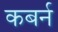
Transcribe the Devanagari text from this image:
कबर्न